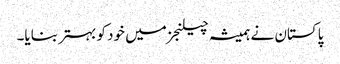
پاکستان نے ہمیشہ چیلنجز میں خود کو بہتر بنایا۔